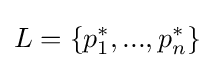
L=\{p_{1}^{*},...,p_{n}^{*}\}